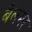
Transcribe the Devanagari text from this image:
बेलमर